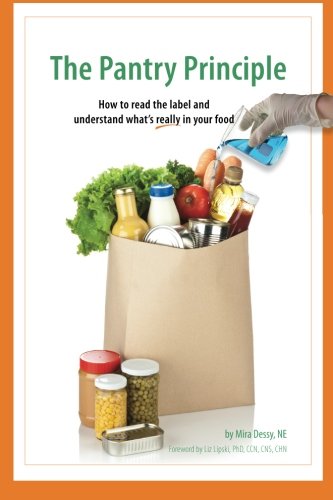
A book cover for The Pantry Principle: how to read the label and understand what's really in your food; Mira Dessy NE; Health, Fitness & Dieting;